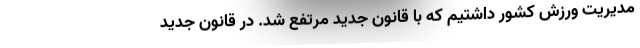
مدیریت ورزش کشور داشتیم که با قانون جدید مرتفع شد. در قانون جدید